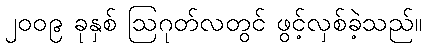
၂၀၀၉ ခုနှစ် ဩဂုတ်လတွင် ဖွင့်လှစ်ခဲ့သည်။